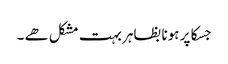
جسکا پر ہونا بظاہر بہت مشکل ھے ۔